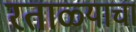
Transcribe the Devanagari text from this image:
रताळ्याचा